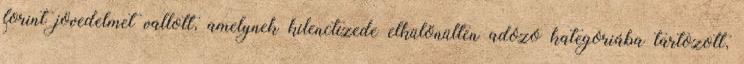
forint jövedelmet vallott, amelynek kilenctizede elkülönülten adózó kategóriába tartozott,